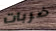
ضربات